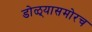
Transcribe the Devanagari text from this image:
डोळ्यासमोरच